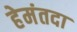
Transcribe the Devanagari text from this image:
हेमंतदा